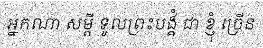
អ្នកណា សម្តី ទូលព្រះបង្គំ ជា ខ្ញុំ ច្រើន